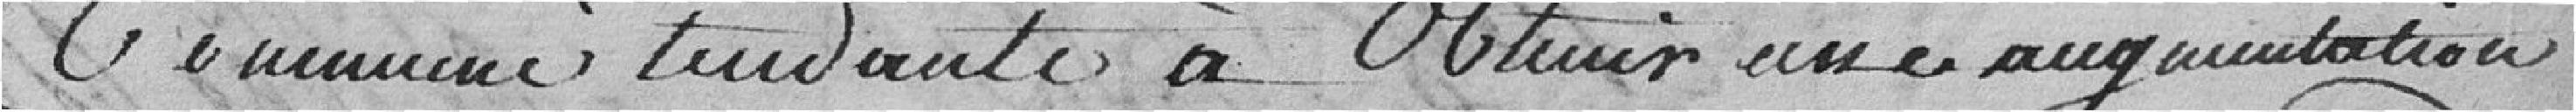
Commune tendant à obtenir une augmentation